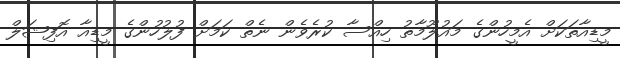
މީޑިއާތަކަށް އެމީހުންގެ މައުލޫމާތު ހިއްސާ ކުރެވެން ނެތް ކަމަށް ފުލުހުންގެ މީޑިއާ އޮފިޝަލް